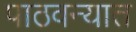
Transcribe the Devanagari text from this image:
पाठवन्यात